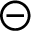
\circleddash